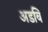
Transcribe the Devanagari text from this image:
अडवि